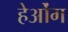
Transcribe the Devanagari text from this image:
हेओंग